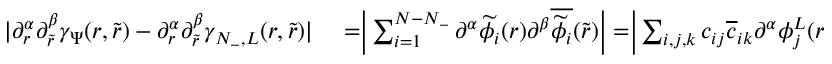
\begin{array} { r l } { | \partial _ { r } ^ { \alpha } \partial _ { \tilde { r } } ^ { \beta } \gamma _ { \Psi } ( r , \tilde { r } ) - \partial _ { r } ^ { \alpha } \partial _ { \tilde { r } } ^ { \beta } \gamma _ { N _ { - } , L } ( r , \tilde { r } ) | } & { { } = \biggr | \sum _ { i = 1 } ^ { N - N _ { - } } \partial ^ { \alpha } \widetilde { \phi _ { i } } ( r ) \partial ^ { \beta } \overline { { \widetilde { \phi } _ { i } } } ( \tilde { r } ) \biggr | = \biggr | \sum _ { i , j , k } c _ { i j } \overline { { c } } _ { i k } \partial ^ { \alpha } \phi _ { j } ^ { L } ( r ) \overline { { \partial ^ { \beta } \phi _ { k } ^ { L } } } ( \tilde { r } ) \biggr | } \end{array}